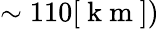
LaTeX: \sim 110[\mathrm{~k~m~}])